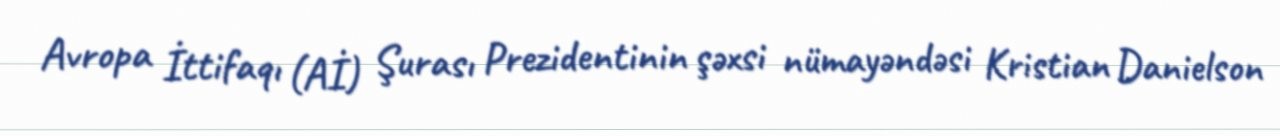
Avropa İttifaqı (Aİ) Şurası Prezidentinin şəxsi nümayəndəsi Kristian Danielson